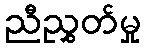
ညီညွှတ်မှု